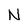
Character: N